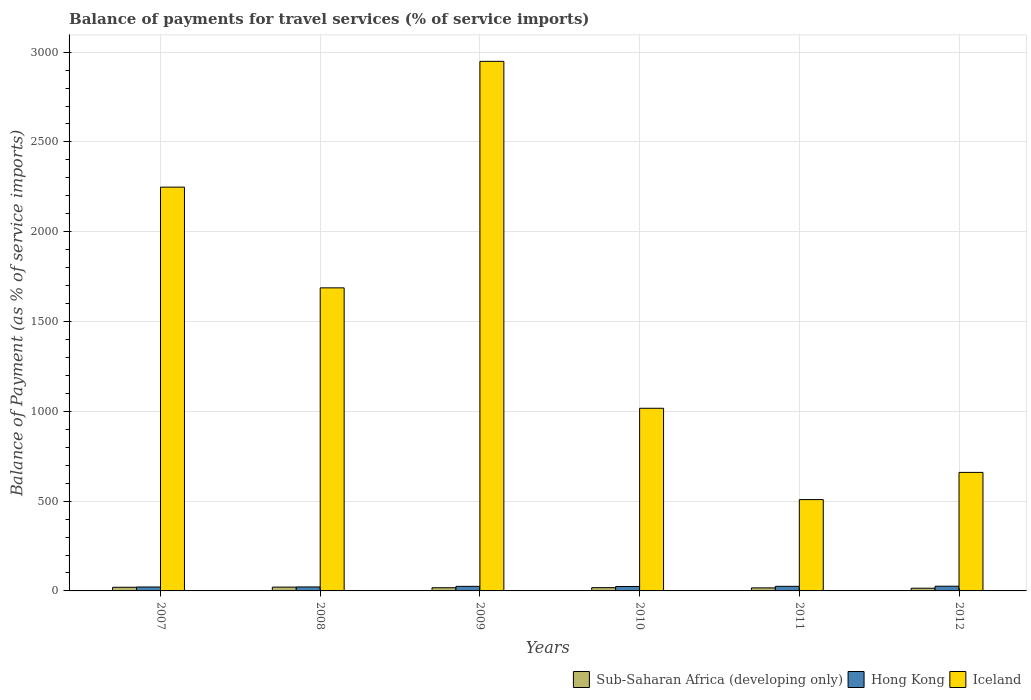
| Years | Sub-Saharan Africa (developing only) | Hong Kong | Iceland |
 | --- | --- | --- | --- |
 | 2007 | 20.3 | 21.9 | 2.25e+03 |
 | 2008 | 21.2 | 22.2 | 1.69e+03 |
 | 2009 | 17.7 | 25.4 | 2.95e+03 |
 | 2010 | 18.1 | 24.7 | 1.02e+03 |
 | 2011 | 16.9 | 25.6 | 509 |
 | 2012 | 15.1 | 26.2 | 660 |